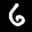
Label: 6